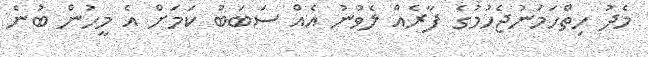
މެދު ހިތްހަމަނުޖެހުމުގެ ފާރެއް ލެވުނު އެއް ސަބަބު ކަމަށް އެ މީހުން ބުނެ